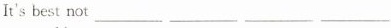
It's best not ___ ___ ___ ___